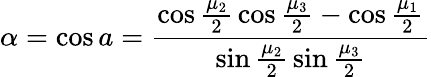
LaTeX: \alpha=\cos{a}={\frac{\cos{\frac{\mu_{2}}{2}}\cos{\frac{\mu_{3}}{2}}-\cos{\frac{\mu_{1}}{2}}}{\sin{\frac{\mu_{2}}{2}}\sin{\frac{\mu_{3}}{2}}}}